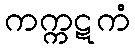
ကက္ကဋကံ